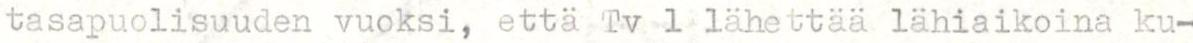
tasapuolisuuden vuoksi, että Tv 1 lähettää lähiaikoina ku-